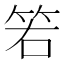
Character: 𥬡